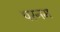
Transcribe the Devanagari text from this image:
परनम